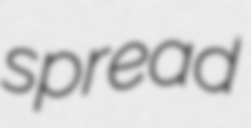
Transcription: spread